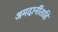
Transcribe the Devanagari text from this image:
अमदानींताहि